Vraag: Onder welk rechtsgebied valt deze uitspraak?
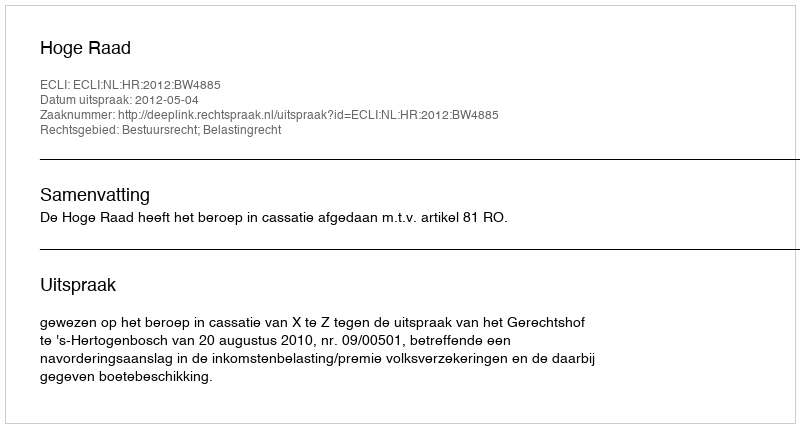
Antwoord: Bestuursrecht; Belastingrecht